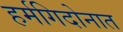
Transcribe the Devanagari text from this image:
हर्मगिदोनात